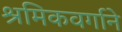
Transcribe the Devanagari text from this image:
श्रमिकवर्गाने